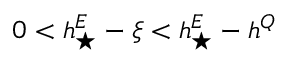
0 < h _ { \star } ^ { E } - \xi < h _ { \star } ^ { E } - h ^ { Q }